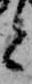
と